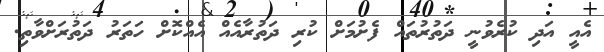
އެއީ އަދި ކުރެވުނީ ދަތުރުތައް ފެށުމަށް ކުރި ދަތުރާއެއް އެއްކޮށް ހަތަރު ދަތުރަށްވާތި.